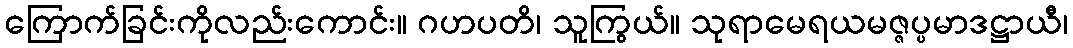
ကြောက်ခြင်းကိုလည်းကောင်း။ ဂဟပတိ၊ သူကြွယ်။ သုရာမေရယမဇ္ဇပ္ပမာဒဋ္ဌာယီ၊